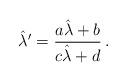
LaTeX: \begin{align*}\hat{\lambda}^{\prime} = \frac{a\hat{\lambda} +b}{c\hat{\lambda} +d}\, .\end{align*}